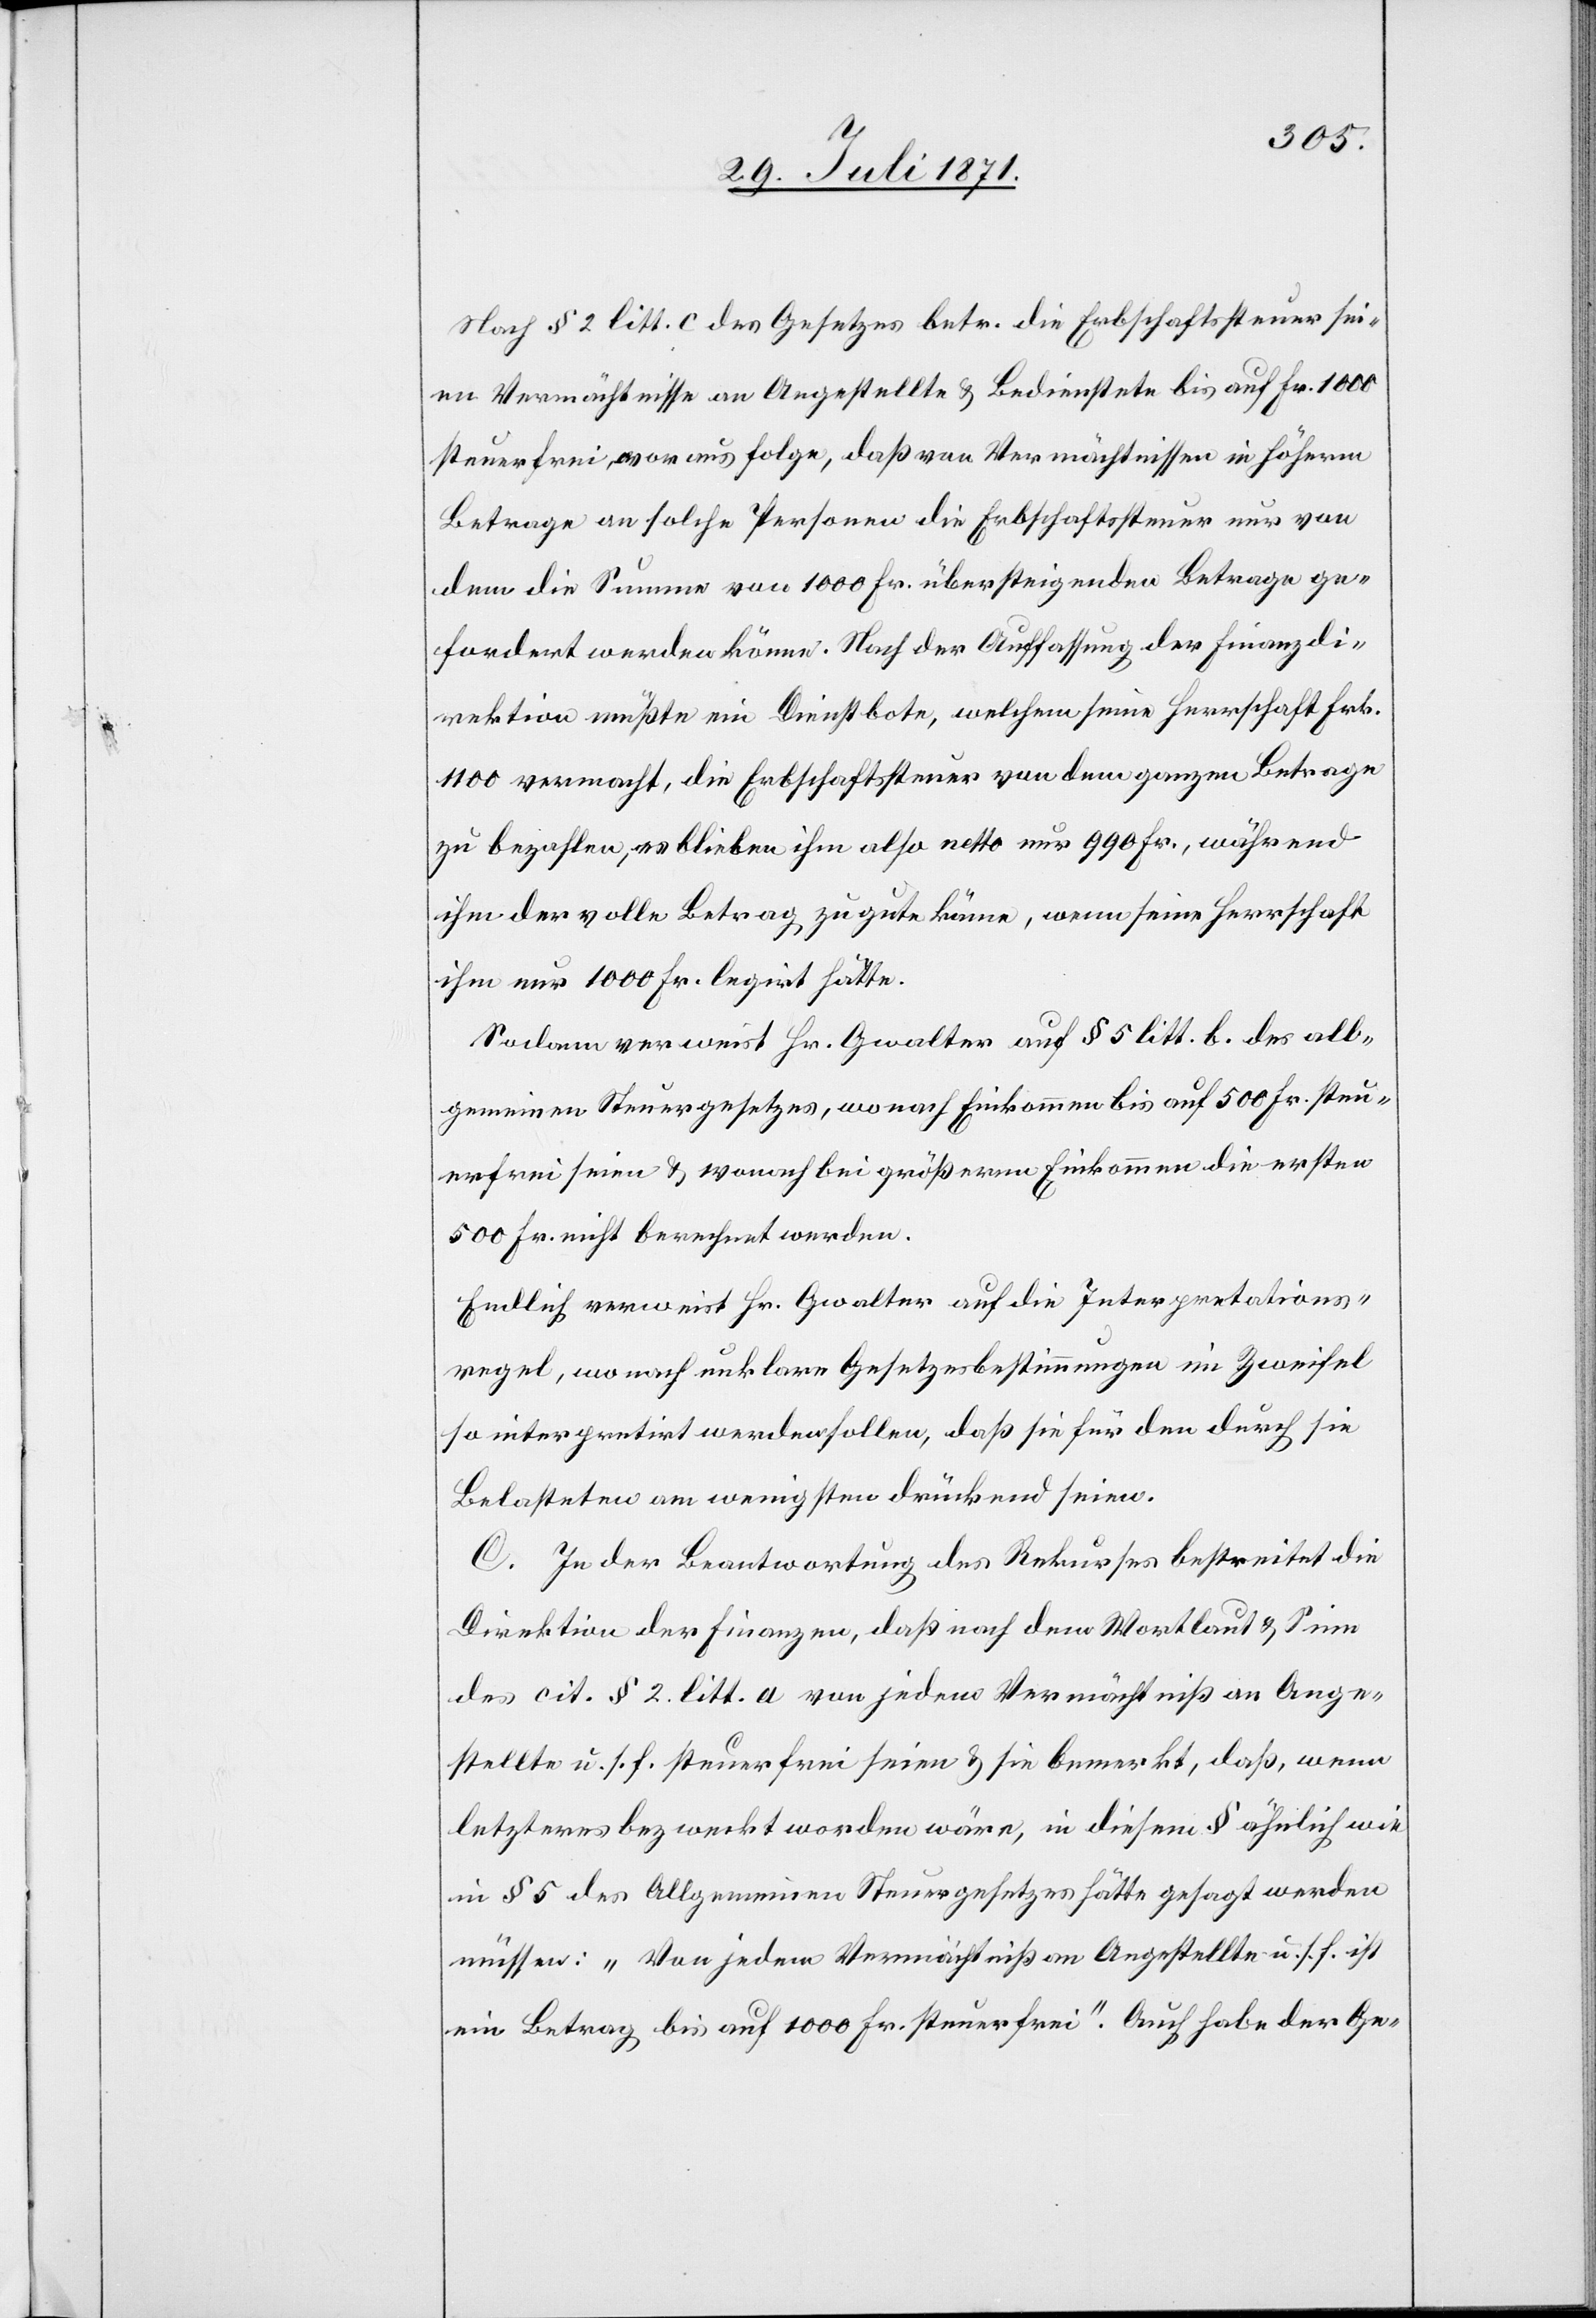
Nach § 2 litt. c des Gesetzes betr. die Erbschaftssteuer sei¬
en Vermächtnisse an Angestellte u. Bedienstete bis auf Fr. 1000
steuerfrei, woraus folge, daß von Vermächtnissen in höherm
Betrage an solche Personen die Erbschaftssteuer nur von
dem die Summe von 1000 Fr. übersteigenden Betrage ge¬
fordert werden könne. Nach der Auffassung der Finanzdi¬
rektion müßte ein Dienstbote, welchem seine Herrschaft Frk.
1100 vermacht, die Erbschaftsteuer von dem ganzen Betrage
bezahlen, es blieben ihm also netto nur 990 Fr., während
ihm der volle Betrag zu gute käme, wenn seine Herrschaft
ihm nur 1000 Fr. legirt hätte.
Sodann verweist Hr. Gwalter auf § 5 litt. b. des all¬
gemeinen Steuergesetzes, wonach Einkommen bis auf 500 Fr. steu¬
erfrei u. wonach bei größerm Einkommen die ersten
500 Fr. nicht berechnet werden.
Endlich verweist Hr. Gwalter auf die Interpretations¬
regel, wonach unklare Gesetzesbestimmungen im Zweifel
so interpretirt werden sollen, daß sie für den durch sie
Belasteten am wenigsten drückend seien.
C. In der Beantwortung des Rekurses bestreitet die
Direktion der Finanzen, daß nach dem Wortlaut u. Sinn
des cit. § 2 litt. a von jedem Vermächtniß an Ange¬
stellte u. s. f. steuerfrei seien u. sie bemerkt, daß, wenn
letzteres bezweckt worden wäre, in diesem § ähnlich wie
im § 5 des Allgemeinen Steuergesetzes hätte gesagt werden
müssen: „Von jedem Vermächtniß an Angestellte u. s. f. ist
ein Betrag bis auf 1000 Fr. steuerfrei“. Auch habe der Ge-